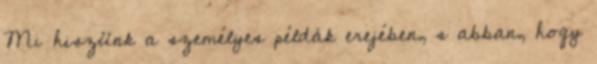
Mi hiszünk a személyes példák erejében, s abban, hogy